Civil Veterinary Department. United Provinces 1932-42 - 1932-1942
Year: 1932
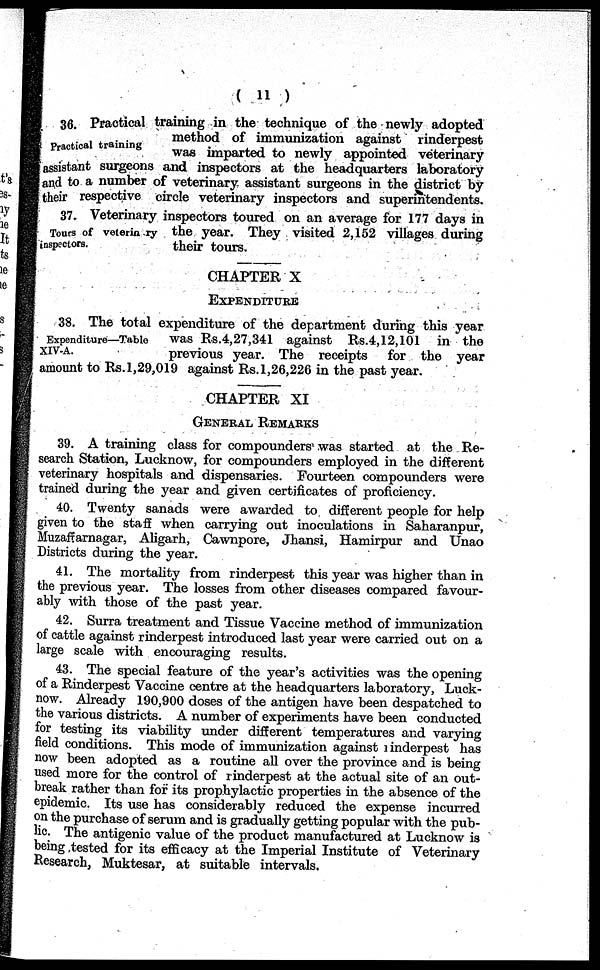
( 11 )
Practical training
36. Practical training in the technique of the newly adopted
method of immunization against rinderpest
was imparted to newly appointed veterinary
assistant surgeons and inspectors at the headquarters laboratory
and to a number of veterinary assistant surgeons in the district by
their respective circle veterinary inspectors and superintendents.
Tours of velerinary
inspectors.
37. Veterinary inspectors toured on an average for 177 days in
the year. They visited 2,152 villages during
their tours.
CHAPTER X
EXPENDITURE
Expenditure—Table
XIV-A.
38. The total expenditure of the department during this year
was Rs.4,27,341 against Rs.4,12,101 in the
previous year. The receipts
for the year
amount to Rs. 1,29,019 against Rs. 1,26,226 in the past year.
CHAPTER XI
GENERAL REMARKS
39. A training class for compounders was started at the Re-
search Station, Lucknow, for compounders employed in the different
veterinary hospitals and dispensaries. Fourteen compounders were
trained during the year and given certificates of proficiency.
40. Twenty sanads were awarded to different people for help
given to the staff when carrying out inoculations in Saharanpur,
Muzaffarnagar, Aligarh, Cawnpore, Jhansi, Hamirpur and Unao
Districts during the year.
41. The mortality from rinderpest this year was higher than in
the previous year. The losses from other diseases compared favour-
ably with those of the past year.
42. Surra treatment and Tissue Vaccine method of immunization
of cattle against rinderpest introduced last year were carried out on a
large scale with encouraging results.
43. The special feature of the year's activities was the opening
of a Rinderpest Vaccine centre at the headquarters laboratory, Luck-
now. Already 190,900 doses of the antigen have been despatched to
the various districts. A number of experiments have been conducted
for testing its viability under different temperatures and varying
field conditions. This mode of immunization against inderpest has
now been adopted as a routine all over the province and is being
used more for the control of rinderpest at the actual site of an out-
break rather than for its prophylactic properties in the absence of the
epidemic. Its use has considerably reduced the expense incurred
on the purchase of serum and is gradually getting popular with the pub-
lic. The antigenic value of the product manufactured at Lucknow is
being tested for its efficacy at the Imperial Institute of Veterinary
Research, Muktesar, at suitable intervals.